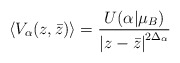
\begin{align*}\left\langle V_{\alpha}(z,\bar{z})\right\rangle=\frac{U(\alpha|\mu_{B})}{\left| z-\bar{z}\right|^{2\Delta_{\alpha}}} \end{align*}